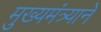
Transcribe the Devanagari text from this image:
मुख्यमंत्र्याने